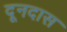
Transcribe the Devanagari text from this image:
दूनदास